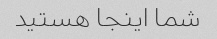
شما اینجا هستید